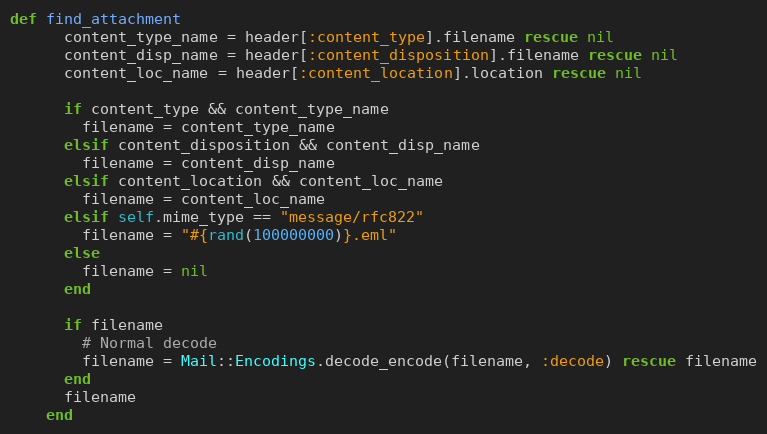
Language: Ruby
def find_attachment
      content_type_name = header[:content_type].filename rescue nil
      content_disp_name = header[:content_disposition].filename rescue nil
      content_loc_name = header[:content_location].location rescue nil

      if content_type && content_type_name
        filename = content_type_name
      elsif content_disposition && content_disp_name
        filename = content_disp_name
      elsif content_location && content_loc_name
        filename = content_loc_name
      elsif self.mime_type == "message/rfc822"
        filename = "#{rand(100000000)}.eml"
      else
        filename = nil
      end

      if filename
        # Normal decode
        filename = Mail::Encodings.decode_encode(filename, :decode) rescue filename
      end
      filename
    end